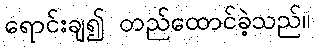
ရောင်းချ၍ တည်ထောင်ခဲ့သည်။